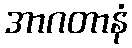
အာဂတာနံ